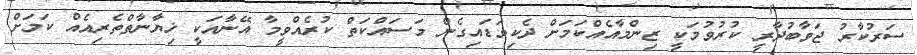
ސަރުކާރު ޖަވާބުދާރީ ކުރުވުމަކީ ޒިންމާއެއްކަމަށް ދެކިވަޑައިގެން މަސައްކަތް ކުރެއްވީމާ އޭނާއަކީ ޚިޔާނާތްތެރިއެއް ކަމަށް